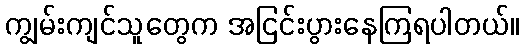
ကျွမ်းကျင်သူတွေက အငြင်းပွားနေကြရပါတယ်။